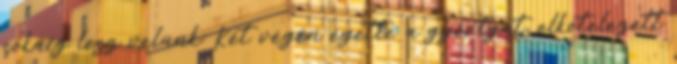
sokáig lesz velünk. Két végén égette a gyertyát, elkötelezett